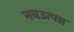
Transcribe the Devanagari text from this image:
नवउत्पन्न